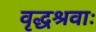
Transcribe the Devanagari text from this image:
वृद्धश्रवाः